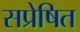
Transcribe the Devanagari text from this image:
सप्रेषित